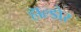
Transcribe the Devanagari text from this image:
हाल्डोर